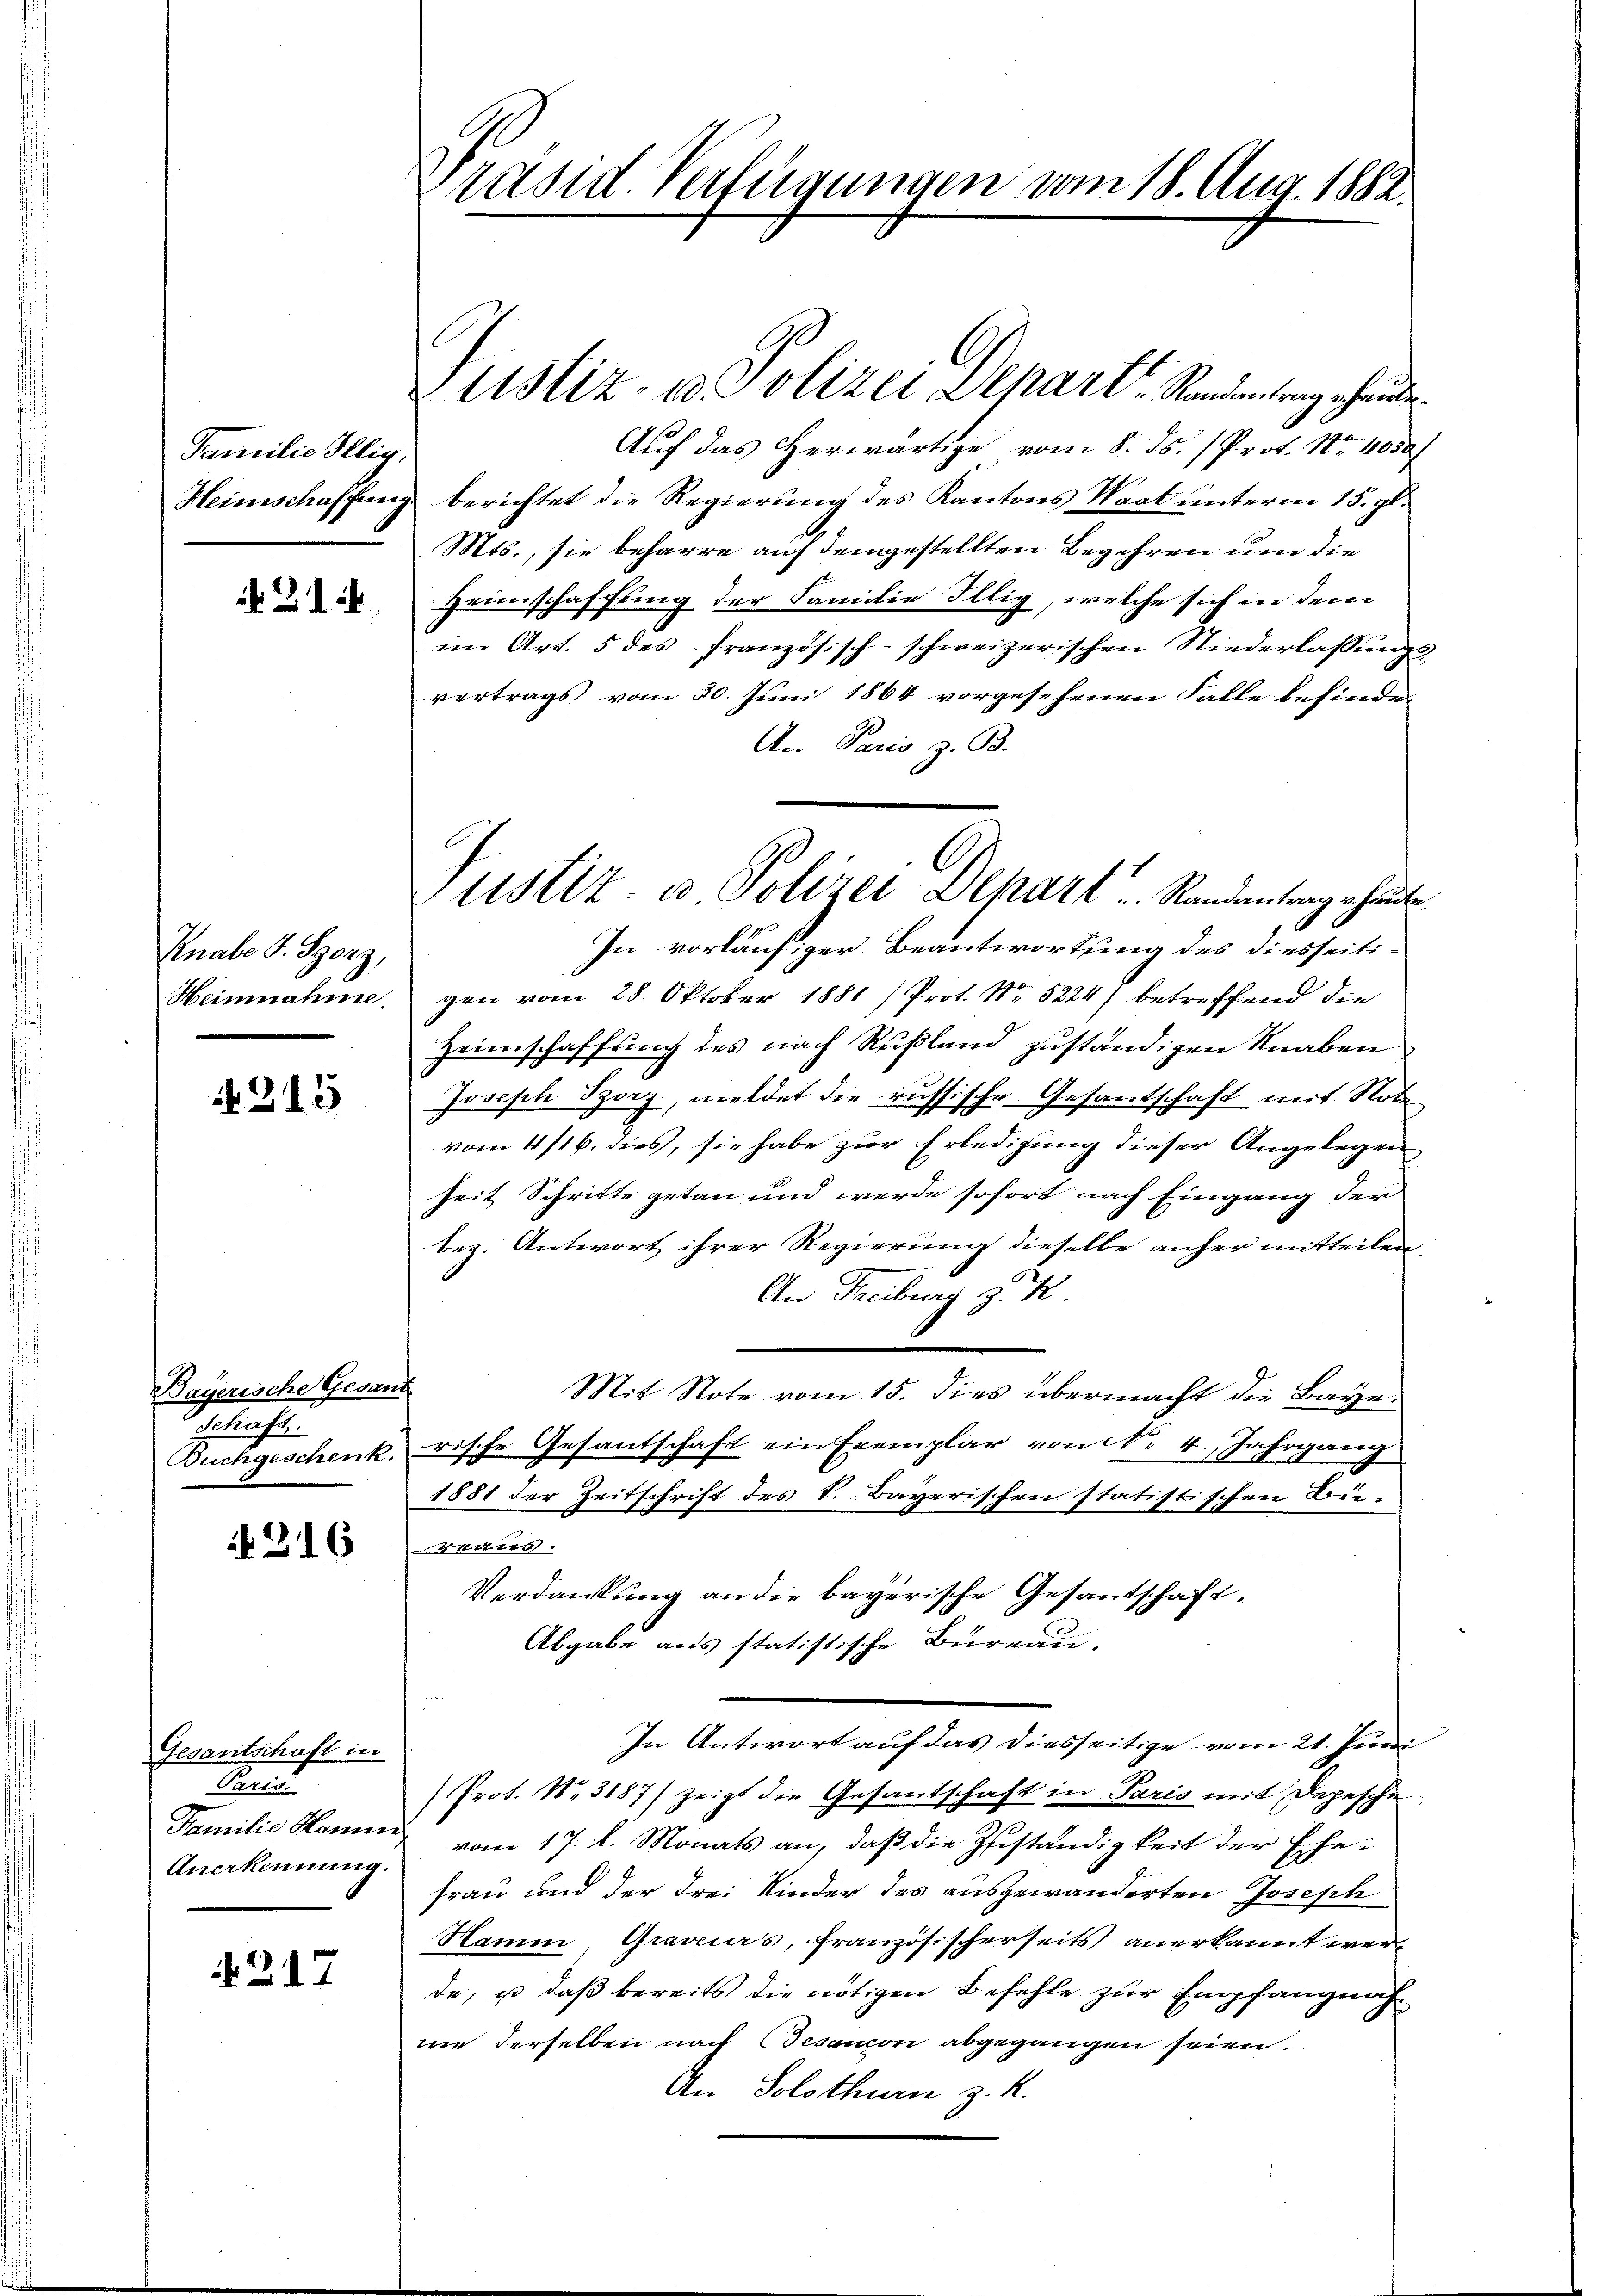
Familie Illig,
Heimschaffung

b. 214

Knabe J. Sporz,
Heinnahme.

215

Bayerische Gesam
Schaft.
Buchgeschenk.

216

Gesantschaft in
Paris
Familie Hanni
Anerkennung.

217

räsid. Verfügungen vom 18. Aug. 1882.

ustiz- u. Polizei Dehart   Randantrag erhause
Auf das Herwärtige vom 8. ds. (Prof. Nr. 4050f
berichtet die Regierung des Kantons Waat unterm 15. gl.
Mts., sie beharre auf demgestellten Begehren um die
Heimschaffung der Familie Illig, welche sich in dem
im Art. 5 des französisch-schweizerischen Niederlassungsvertrags vom 30. Juni 1864 vorgesehenen Falle befinde
An Paris z. B.
In vorläufiger Beantwortung des diesseitigen vom 28. Oktober 1881/ Prot. No 5224) betreffend die
Heimschaffung des nach Rußland zuständigen Knaben
Joseph Szorz, meldet die russische Gesantschaft mit Note
vom 4/16. dies, sie habe zur Erledigung dieser Angelegen
heit Schritte getan und werde sofort nach Eingang der
bez. Antwort ihrer Regierung dieselbe anher mitteilen
An Freiburg z. K
Mit Note vom 15. dies übermacht die Baye
rische Gesantschaft ein Exemplar von Nr. 4. Jahrgang
1881 der Zeitschrift des K. Bayerischen statistischen Bei-
er
Verdankung an die bayerische Gesantschaft¬
Abgabe aus statistische Bureau.
In Antwort auf das diesseitige vom 21. Juni
Prot. Nr. 3187) zeigt die Gesantschaft in Paris mit Depesche
vom 17. d. Monats an, daß die Zuständigkeit der Ehe-
frau und der Frei Kinder des ausgewanderten Joseph
Hamm, Gravias, Französischerseits anerkannt werde, ut daß bereits die nötigen Befehle zur Empfangnah
wie derselben nach Besanon abgegangen seien.
An Solothurn z. K.

Justiz- u. Polizei Depart Randantrag erhaute